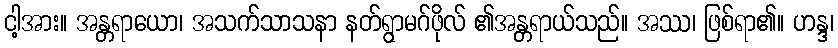
ငါ့အား။ အန္တရာယော၊ အသက်သာသနာ နတ်ရွာမဂ်ဖိုလ် ၏အန္တရာယ်သည်။ အဿ၊ ဖြစ်ရာ၏။ ဟန္ဒ၊